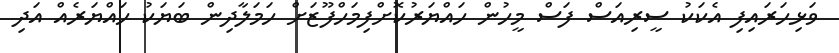
ވަޅިހަރައިފި އެކަކު ސީރިއަސް ފަސް މީހުން ހައްޔަރުކޮށްފިމަހްފޫޒަށް ހަމަލާދިން ބަޔަކު ހައްޔަރެއް އަދި